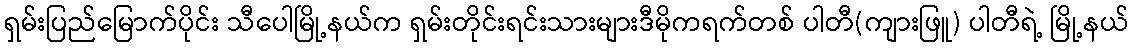
ရှမ်းပြည်မြောက်ပိုင်း သီပေါမြို့နယ်က ရှမ်းတိုင်းရင်းသားများဒီမိုကရက်တစ် ပါတီ(ကျားဖြူ) ပါတီရဲ့ မြို့နယ်